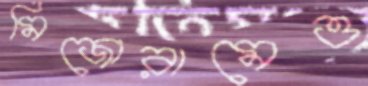
মিজোরামেও